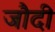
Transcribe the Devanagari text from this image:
जौदी